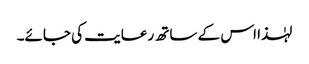
لہٰذا اس کے ساتھ رعایت کی جائے۔